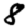
Digit: 8